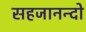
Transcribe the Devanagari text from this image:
सहजानन्दो